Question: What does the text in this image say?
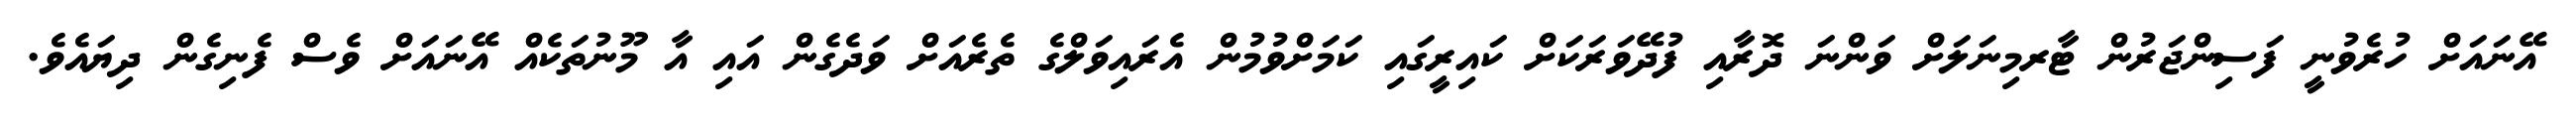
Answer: އޭނައަށް ހުރެވުނީ ފަސިންޖަރުން ޓާރމިނަލަށް ވަންނަ ދޮރާއި ފުދޭވަރަކަށް ކައިރީގައި ކަމަށްވުމުން އެރައިވަލްގެ ތެރެއަށް ވަދެގެން އައި އާ މޫނުތަކެއް އޭނައަށް ވެސް ފެނިގެން ދިޔައެވެ.